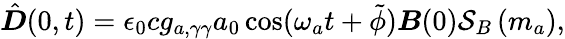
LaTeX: {\hat{\boldsymbol D}}(0,t)=\epsilon_{0}cg_{a,\gamma\gamma}a_{0}\cos(\omega_{a}t+\tilde{\phi}){\boldsymbol B}(0)\mathcal S_{B}\left(m_{a}\right),